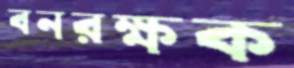
বনরক্ষক